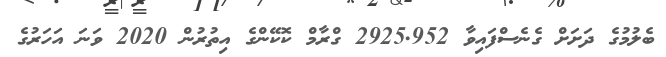
ބެލުމުގެ ދަށަށް ގެނެސްފައިވާ 2925.952 ގްރާމް ކޮކޭންގެ އިތުރުން 2020 ވަނަ އަހަރުގެ